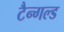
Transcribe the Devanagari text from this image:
टैन्गल्ड